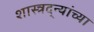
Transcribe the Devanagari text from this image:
शास्त्रद्न्यांच्या